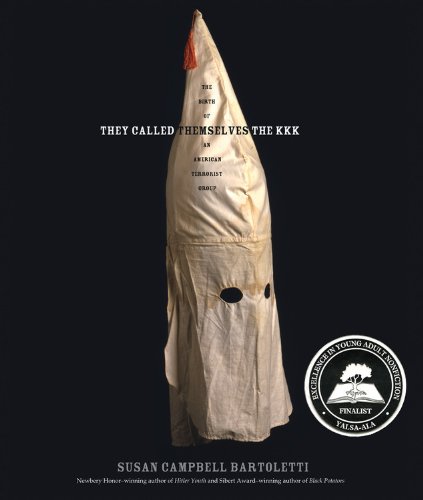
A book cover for They Called Themselves the K.K.K.: The Birth of an American Terrorist Group; Susan Campbell Bartoletti; Teen & Young Adult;